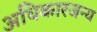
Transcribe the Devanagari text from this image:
अधिकारजन्य